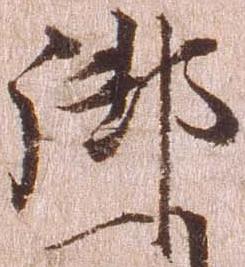
御